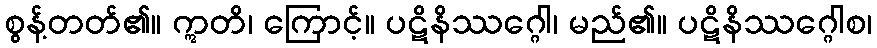
စွန့်တတ်၏။ ဣတိ၊ ကြောင့်။ ပဋိနိဿဂ္ဂေါ၊ မည်၏။ ပဋိနိဿဂ္ဂေါစ၊